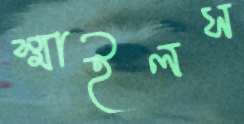
স্মাইলস